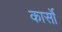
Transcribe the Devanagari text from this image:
कार्सो